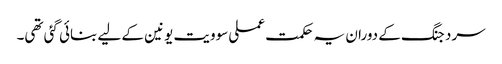
سرد جنگ کے دوران یہ حکمت عملی سوویت یونین کے لیے بنائی گئی تھی۔